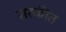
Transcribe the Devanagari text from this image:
सरकीत